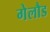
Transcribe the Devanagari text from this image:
गेलौड